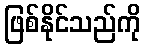
ဖြစ်နိုင်သည်ကို